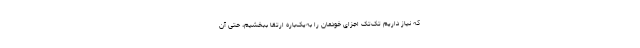
که نیاز داریم تک‌تک اجزای خودمان را به‌یک‌باره ارتقا ببخشیم، حتی آن